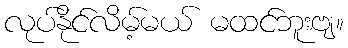
လုပ်နိုင်လိမ့်မယ် မထင်ဘူးဗျ။